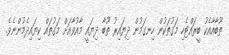
ތޫބާއާއެކު ބީރައްޓެހި މަގުތަކުން ހިނގަމުން ދިޔައިރު ތޫބާ ދިޔައީ މާއުވާއަށް މަގުތައް ކިޔައިދެމުންނެވެ.